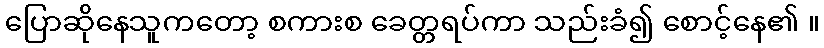
ပြောဆိုနေသူကတော့ စကားစ ခေတ္တရပ်ကာ သည်းခံ၍ စောင့်နေ၏ ။